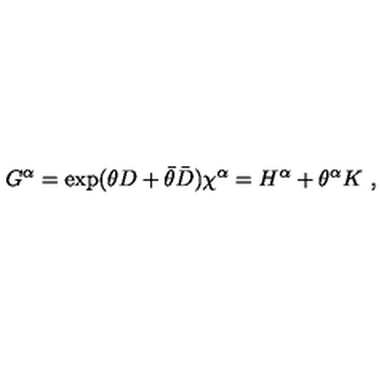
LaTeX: G ^ { \alpha } = \exp ( \theta D + \bar { \theta } \bar { D } ) \chi ^ { \alpha } = H ^ { \alpha } + \theta ^ { \alpha } K \ ,